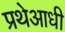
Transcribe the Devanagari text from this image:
प्रथेआधी